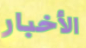
الأخبار